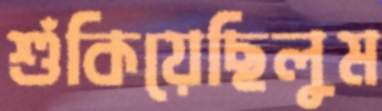
শুঁকিয়েছিলুম